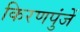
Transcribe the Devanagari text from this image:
किरणपुंजें